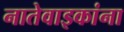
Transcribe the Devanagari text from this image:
नातेवाइकांना